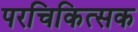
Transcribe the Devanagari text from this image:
परचिकित्सक